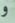
و